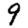
Digit: 9